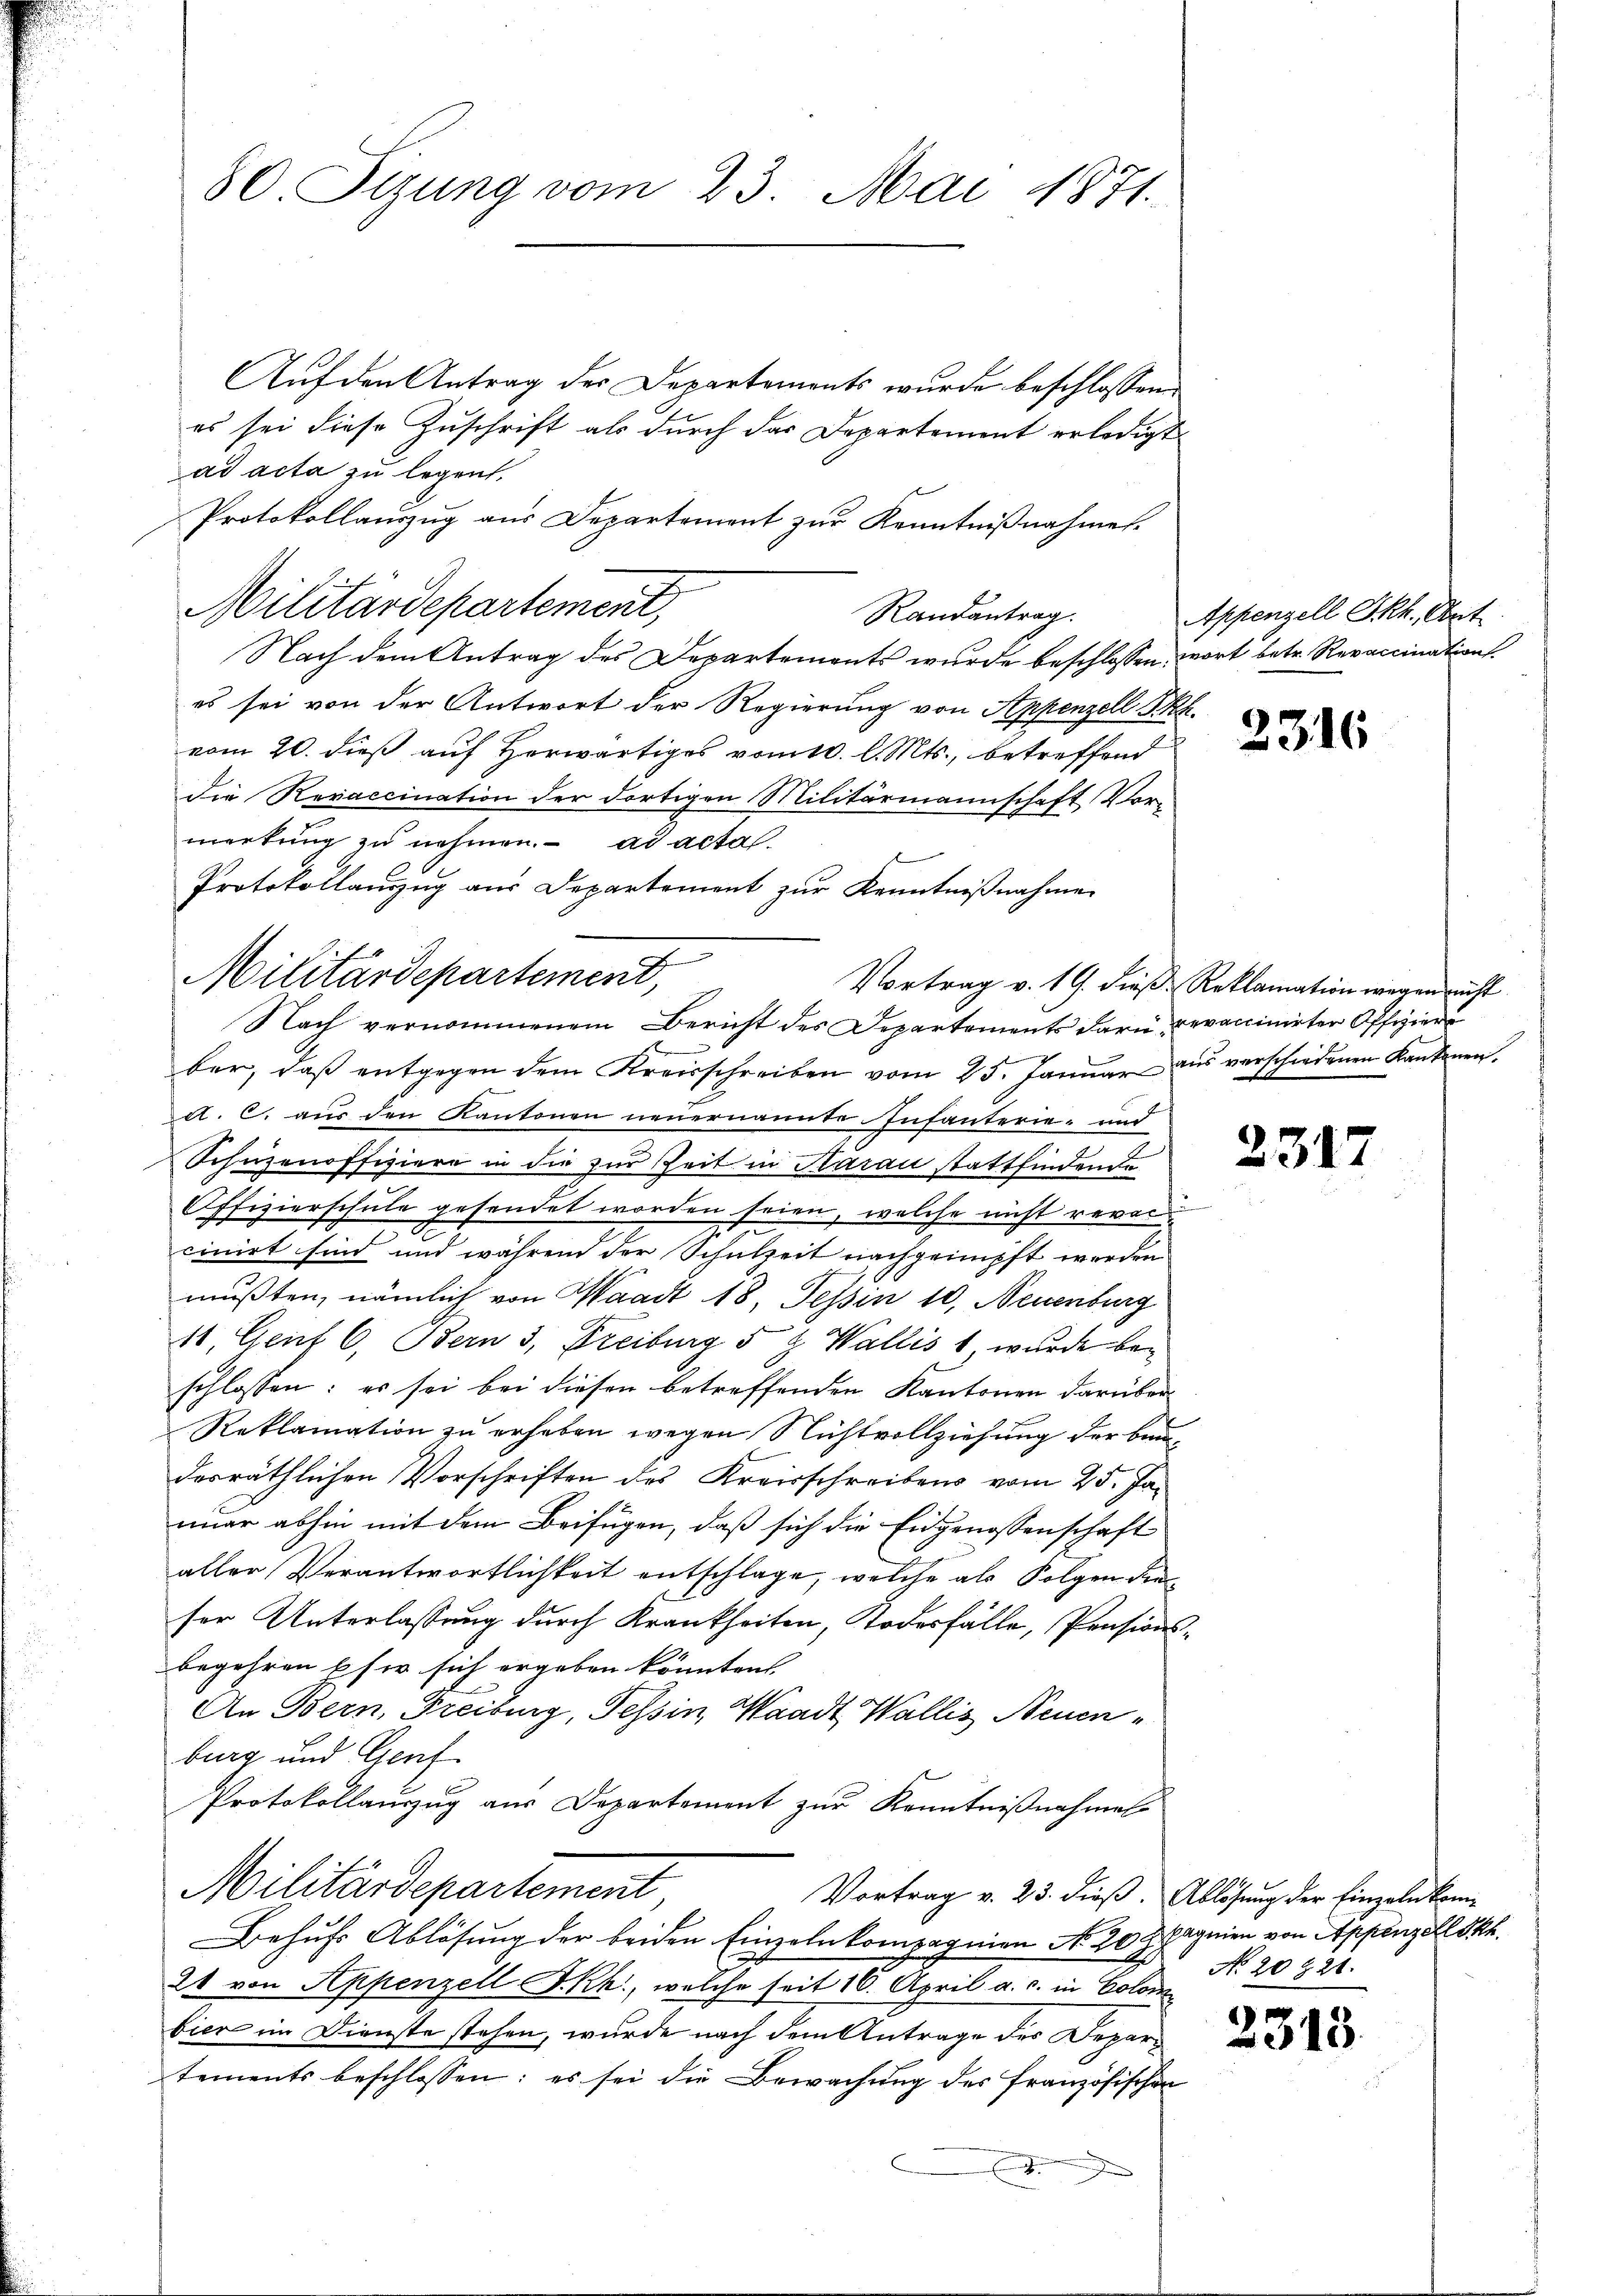
80 Stzung vom 23. Mai 1871.

Auf den Antrag der Departements wurde beschlossene
es sei diese Zuschrift als durch das Departement erledigt
ad acta zu legen.
Protokollauszug aus Departement zŭr Kenntniβnahmen.
Randantrag.
Nach dem Antrag des Departements wurde beschlossen, wort betr. Revaccination
es sei von der Antwort der Regierung von Appenzell Ph.
vom 20. dieß auf Herwärtiges vom 10. l. Mts., betreffend
die Revaccination der dortigen Militärmannschaft Vormerkung zu nehmen. ad actal¬
Protokollanzŭg aŭs Departement zŭr Kenntniβnahme
ber, daβ entgegen dem Kreisschreiben vom 25. Janŭar aŭs verschiedenen Kantonen.
d. c. aus den Kantonen neuernannte Infanterie- und
Schüzenoffiziere in die zur Zeit in Aarau stattfindende
Offizierschule gesendet worden seien, welche nicht revercinirt sind und während der Schulzeit nachgemüpft werden
mußten, nämlich von Waadt 18, Tessin 10, Neuenburg
11. Genf 6. Bern 3, Freiburg 5 & Wallis 1, wurde beschlossen: es sei bei diesen betreffenden Kantonen darüber
Reklamation zu erheben wegen Nichtvollziehung der Bundesräthlichen Vorschriften des Kreisschreibens vom 25. Jaimer abhin mit dem Beifügen, daß sich die Eidgenossenschaft
aller Verantwortlichkeit entschlage, welche als Folgen dieser Unterlassung durch Krankheiten, Todesfälle, Pensionsbegehren Ehe sich ergeben könnten. |
An Bern, Freiburg, Tessin, Waadt, Wallis Neuen
burg und Genf
Protokollauszug aus Departement zur Kenntnißnahmel
Militärdepartement
Vortrag v. 23. dieß. Ablösung der Einzeln kom-
Behufs Ablösung der beiden Einzeln kompagnien No. 20 Spagnien von Appenzell Pkt.
2 von Appenzell I.Rh., welche seit 16. April a. c. in Color
bier im Dienste stehen, wurde nach dem Antrage des Departements beschlossen: es sei die Bewachung des Französischen
x

Militärdepartement,

Militärdepartement,
Nach vernommenem Bericht des Departements dari revaccinirter Offiziers

Appenzell Skh., Art.

2316

Vortrag v. 19. dieß Reklamation wegen nicht

2317

No. 20921.

23.

1